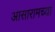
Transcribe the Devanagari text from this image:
आसारामच्या